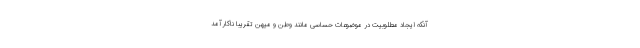
آنکه ایجاد مطلوبیت در موضوعات حساسی مانند وطن و میهن تقریبا ناکارآمد